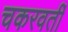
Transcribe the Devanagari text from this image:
चकरवर्ती